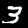
Digit: 3